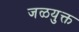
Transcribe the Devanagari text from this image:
जळयुक्त